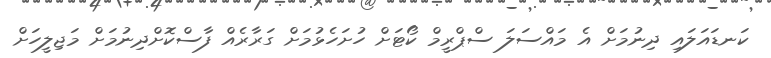
ކަނޑައަލައި ދިނުމަށް އެ މައްސަލަ ސްޕްރީމް ކޯޓަށް ހުށަހެޅުމަށް ގަރާރެއް ފާސްކޮށްދިނުމަށް މަޖިލީހަށް